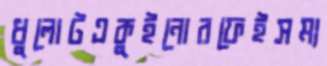
ধুলোটএকুইনোরফেইসম্য